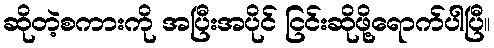
ဆိုတဲ့စကားကို အပြီးအပိုင် ငြင်းဆိုဖို့ရောက်ပါပြီ။